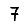
Digit: 7